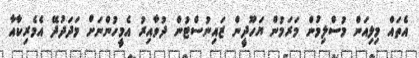
އެތައް މިލިއަން މުސްލިމުން މަރަމުން ޔަހޫދީން ޒައިނުސްޓުން ދުވާއިރު އެމީހުންނަށް މަދަދުދޭ އެމެރިކާއާ